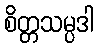
စိတ္တသမ္ပဒါ